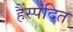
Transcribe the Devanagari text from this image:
हैंस्पंदित